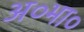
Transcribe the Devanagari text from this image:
अ०भा०